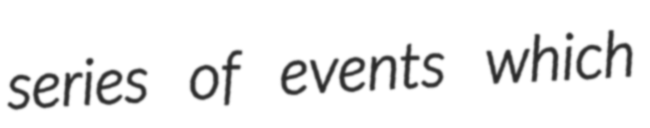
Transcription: series of events which